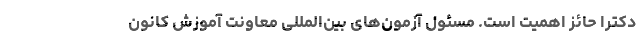
دکترا حائز اهمیت است. مسئول آزمون‌های بین‌المللی معاونت آموزش کانون